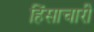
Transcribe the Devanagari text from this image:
हिंसाचारी